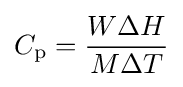
C_{\text{p}}={\frac {W\Delta H}{M\Delta T}}